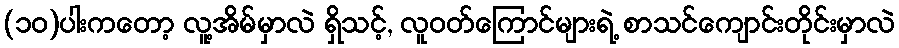
(၁၀)ပါးကတော့ လူ့အိမ်မှာလဲ ရှိသင့်, လူဝတ်ကြောင်များရဲ့ စာသင်ကျောင်းတိုင်းမှာလဲ